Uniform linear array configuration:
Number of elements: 48
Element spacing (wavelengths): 0.25
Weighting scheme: kaiser
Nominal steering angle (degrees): -15
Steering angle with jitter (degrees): -13.217
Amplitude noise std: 0.05
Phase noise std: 0.05

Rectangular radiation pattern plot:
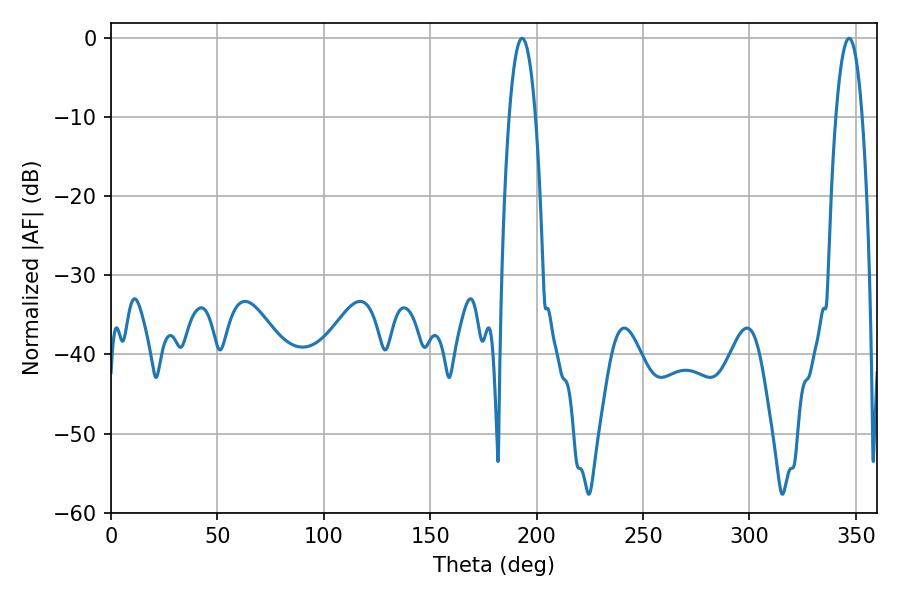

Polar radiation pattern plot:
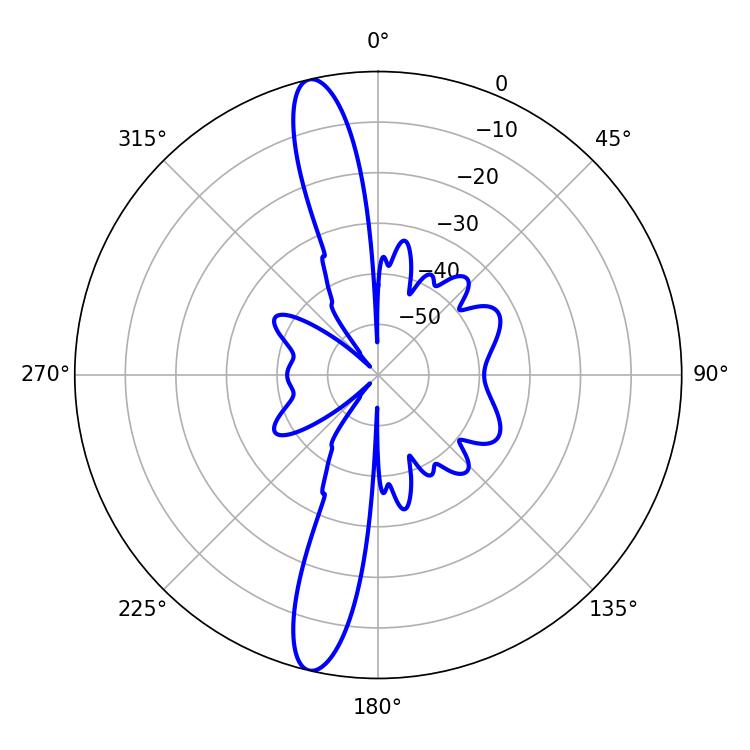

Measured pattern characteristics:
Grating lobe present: FALSE
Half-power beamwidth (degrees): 6.84
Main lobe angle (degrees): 193.14